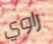
راوي